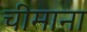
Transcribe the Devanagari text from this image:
चीमाना